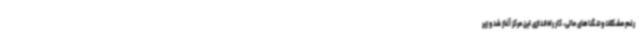
رغم مشکلات و تنگناهای مالی، کار راه‌اندازی این مرکز آغاز شد و زیر